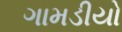
ગામડીયો